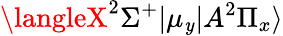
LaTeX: \langleX^{2}\Sigma^{+}|\mu_{\mathit{y}}|A^{2}\Pi_{x}\rangle